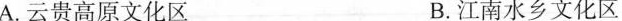
A.云贵高原文化区 B.江南水乡文化区